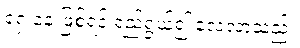
ရှေ့နေ ဖြစ်ရန် ရည်ရွယ်၍ လေ့လာသည်။